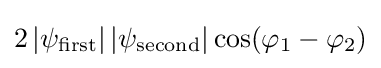
{\textstyle 2\left|\psi _{\text{first}}\right|\left|\psi _{\text{second}}\right|\cos(\varphi _{1}-\varphi _{2})}